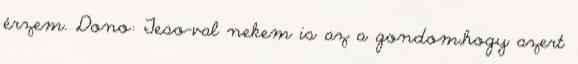
érzem. Dono: Teso-val nekem is az a gondom,hogy azert